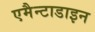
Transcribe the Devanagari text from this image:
एमैन्टाडाइन